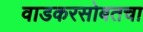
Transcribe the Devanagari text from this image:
वाडकरसोबतचा